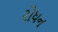
રોધન